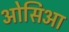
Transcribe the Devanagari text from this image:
ओसिआ